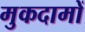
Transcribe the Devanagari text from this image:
मुकदामों